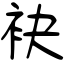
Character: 袂